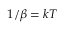
1 / \beta = k T